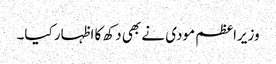
وزیراعظم مودی نے بھی دکھ کا اظہار کیا۔